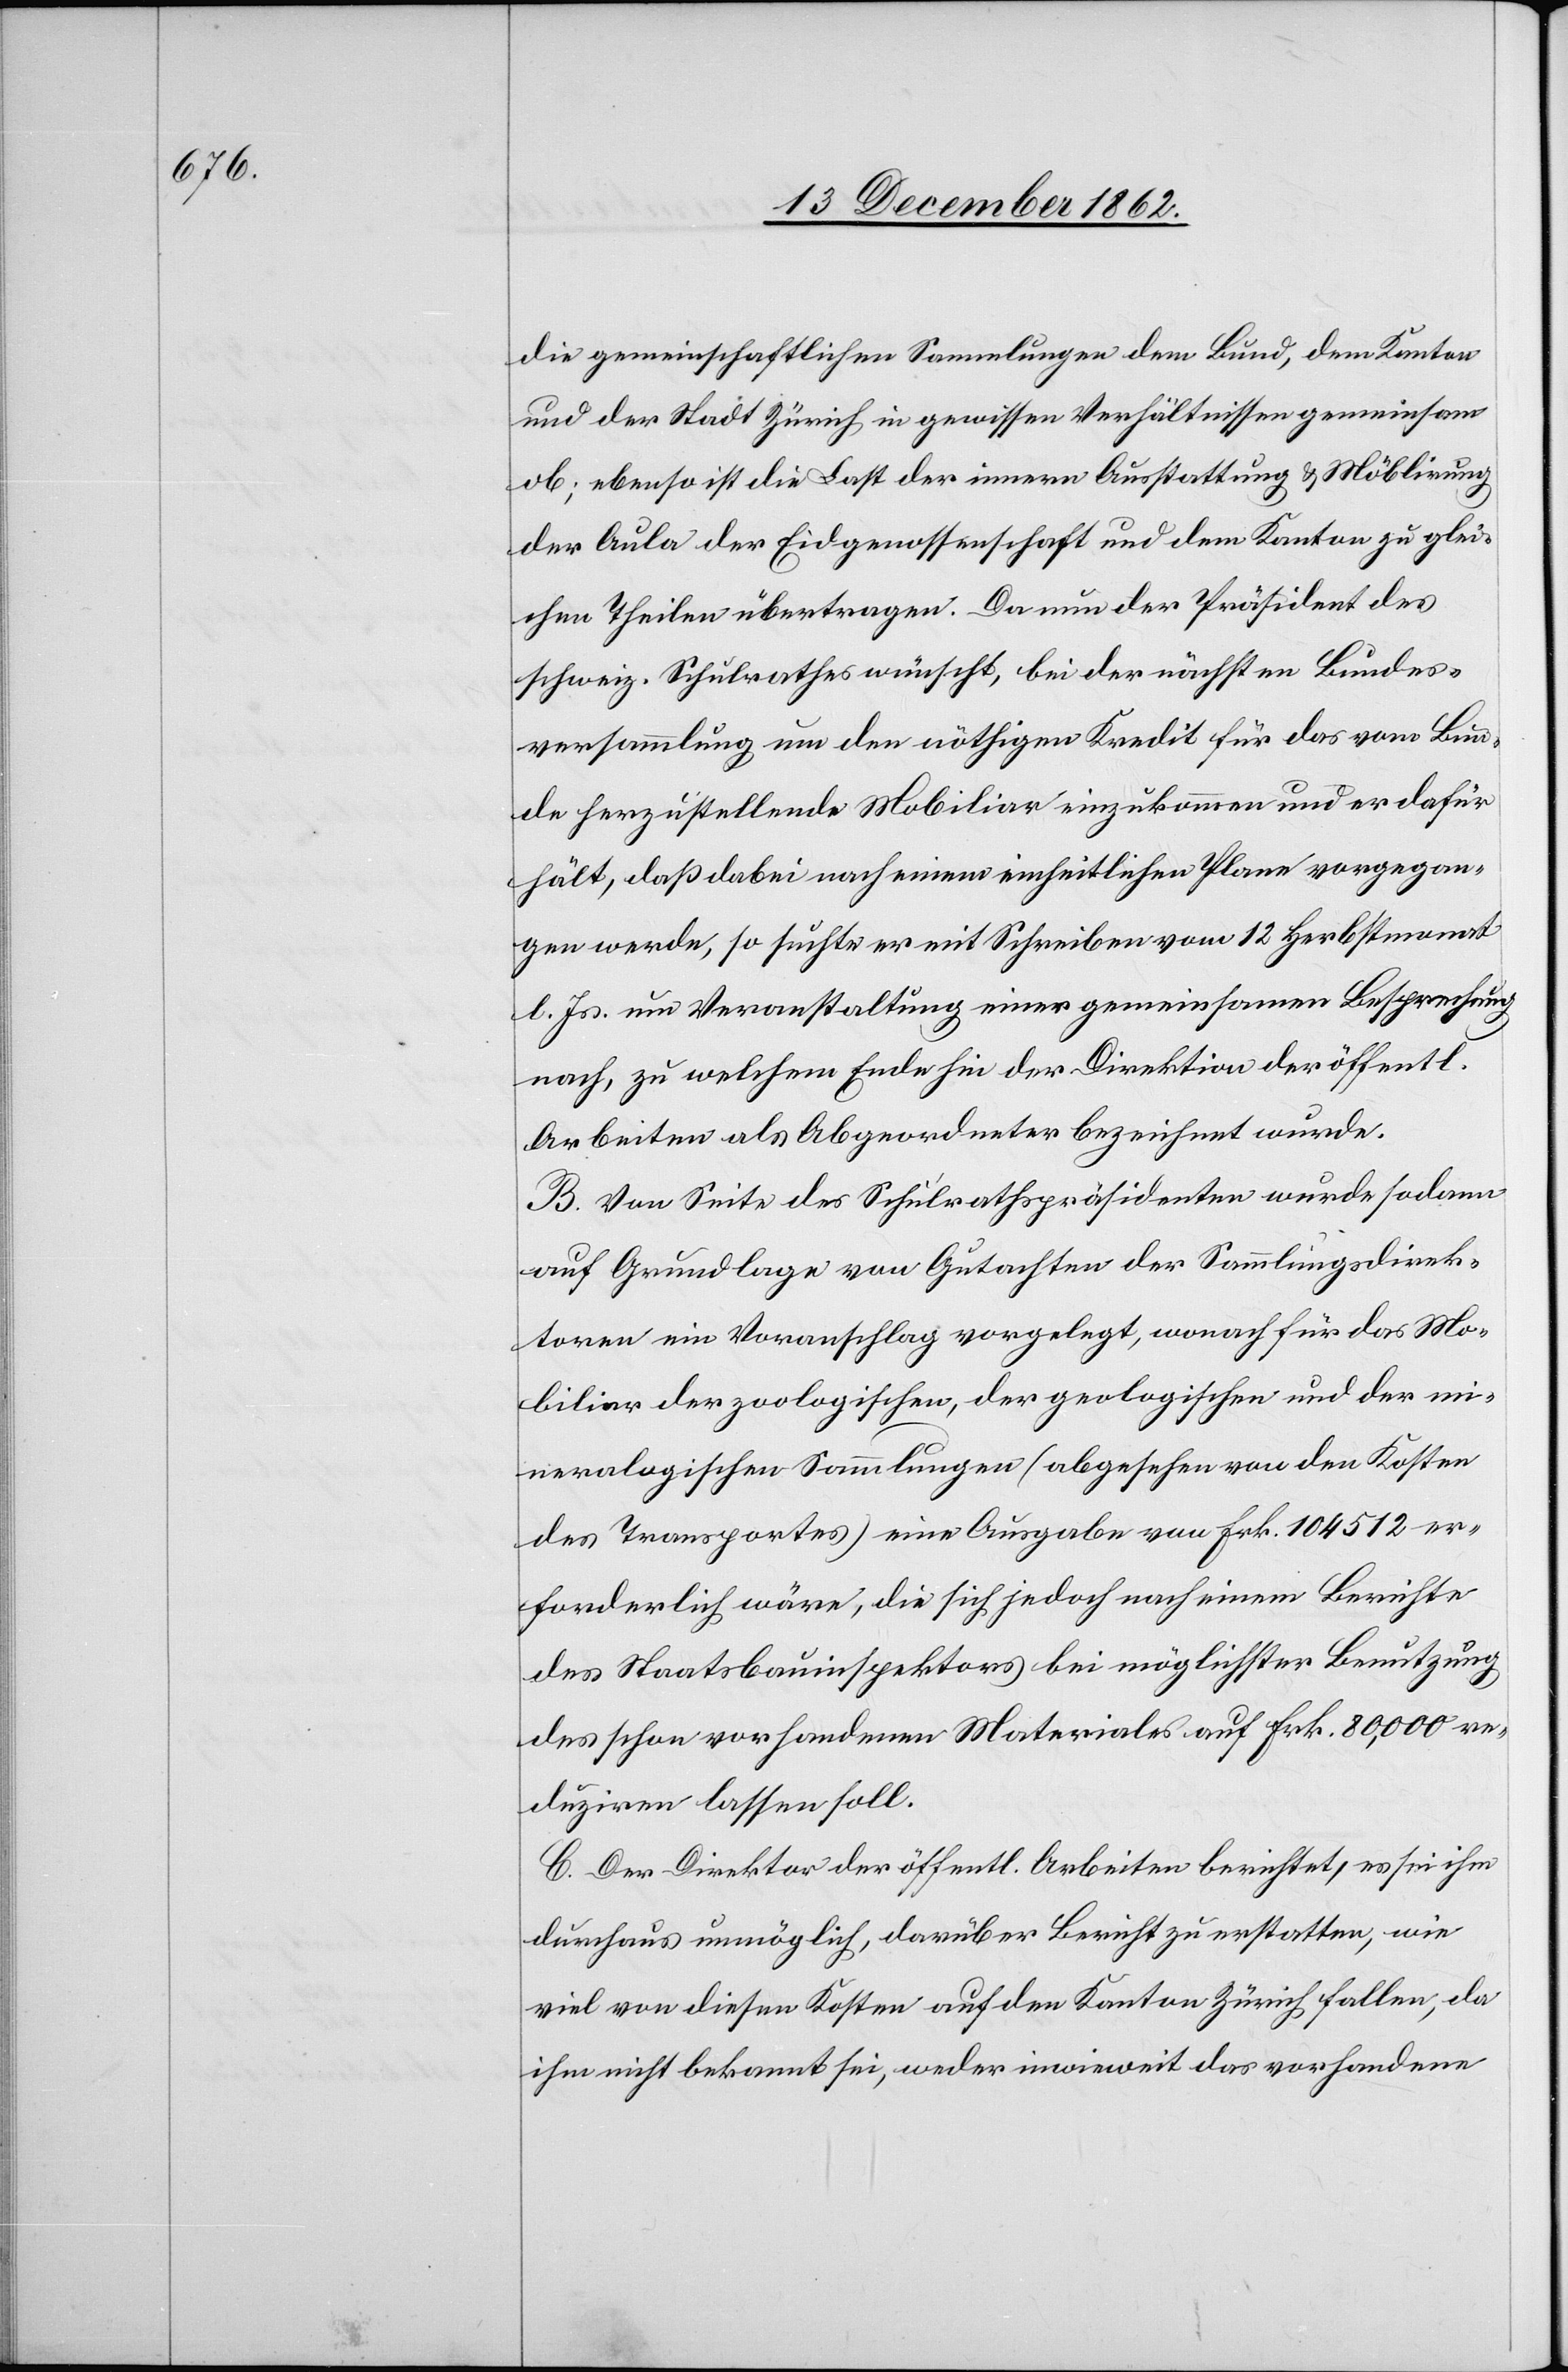
die gemeinschaftlichen Sammlungen dem Bund, dem Kanton
und der Stadt Zürich in gewissen Verhältnissen gemeinsam
ob; ebenso ist die Last der innern Ausstattung u. Möblirung
der Aula der Eidgenossenschaft und dem Kanton zu glei¬
chen Theilen übertragen. Da nun der Präsident des
schweiz. Schulrathes wünscht, bei der nächsten Bundes¬
versammlung um den nöthigen Kredit für das vom Bun¬
de herzustellende Mobiliar einzukommen und er dafür
hält, daß dabei nach einem einheitlichen Plane vorgegan¬
gen werde, so suchte er mit Schreiben vom 12. Herbstmonat
l. Js. um Veranstaltung einer gemeinsamen Besprechung
nach, zu welchem Ende hin der Direktion der öffentl.
Arbeiten als Abgeordneter bezeichnet wurde.
B. Von Seite des Schulrathspräsidenten wurde sodann
auf Grundlage von Gutachten der Sammlungsdirek¬
toren ein Voranschlag vorgelegt, wonach für das Mo¬
biliar der zoologischen, der geologischen und der mi¬
neralogischen Sammlungen (abgesehen von den Kosten
des Transportes) eine Ausgabe von Frk. 104 512 er¬
forderlich wäre, die sich jedoch nach einem Berichte
des Staatsbauinspektors bei möglichster Benutzung
des schon vorhandenen Materiales auf Frk. 80,000 re¬
duziren lassen soll.
C. Der Direktor der öffentl. Arbeiten berichtet, es sei ihm
durchaus unmöglich, darüber Bericht zu erstatten, wie
viel von diesen Kosten auf den Kanton Zürich fallen, da
ihm nicht bekannt sei, weder inwieweit das vorhandene